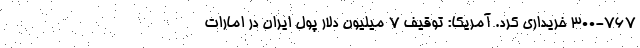
۳۰۰-۷۶۷ خریداری کرد. آمریکا: توقیف ۷ میلیون دلار پول ایران در امارات